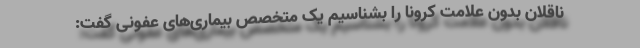
ناقلان بدون علامت کرونا را بشناسیم یک متخصص بیماری‌های عفونی گفت: